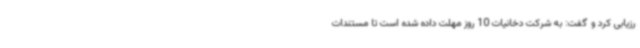
رزیابی کرد و گفت: به شرکت دخانیات 10 روز مهلت داده شده است تا مستندات